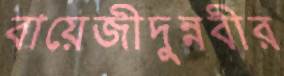
বায়েজীদুন্নবীর